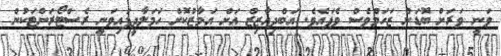
ވަނީ ވަރަށް ބޮޑަށް ޒަހަމްވެސް ވެފައެވެ. އަބްދިއާޒިޒް އަށް އަމާޒުކޮށް ހަމަލާދީފައިވަނީ ރެސްޓޯރަންޓަކުން